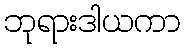
ဘုရားဒါယကာ